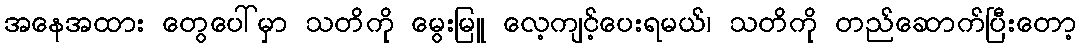
အနေအထား တွေပေါ်မှာ သတိကို မွေးမြူ လေ့ကျင့်ပေးရမယ်၊ သတိကို တည်ဆောက်ပြီးတော့